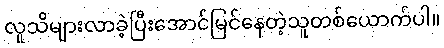
လူသိများလာခဲ့ပြီးအောင်မြင်နေတဲ့သူတစ်ယောက်ပါ။